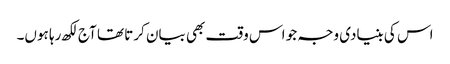
اس کی بنیادی وجہ جو اس وقت بھی بیان کرتا تھا آج لکھ رہا ہوں۔